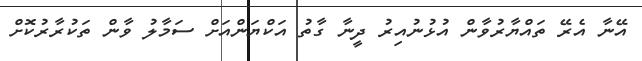
އޭނާ އެރޭ ތައްޔާރުވާން އުޅުނުއިރު ދީނާ ގާތު އަކްޔަންއަށް ސަމާލު ވާން ތަކުރާރުކޮށް